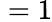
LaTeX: {}=1